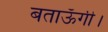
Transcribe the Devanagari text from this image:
बताऊँगी।